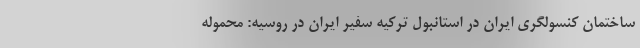
ساختمان کنسولگری ایران در استانبول ترکیه سفیر ایران در روسیه: محموله